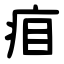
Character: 㾇